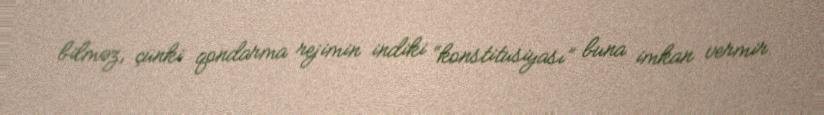
bilməz, çünki qondarma rejimin indiki “konstitusiyası” buna imkan vermir.